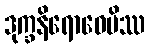
ဒုက္ခနိရောဓေပိဿ